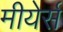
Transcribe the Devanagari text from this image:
मीयेर्स